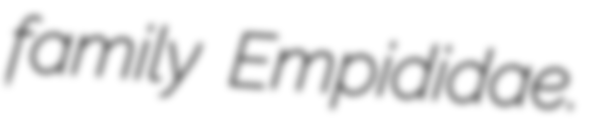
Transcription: family Empididae.